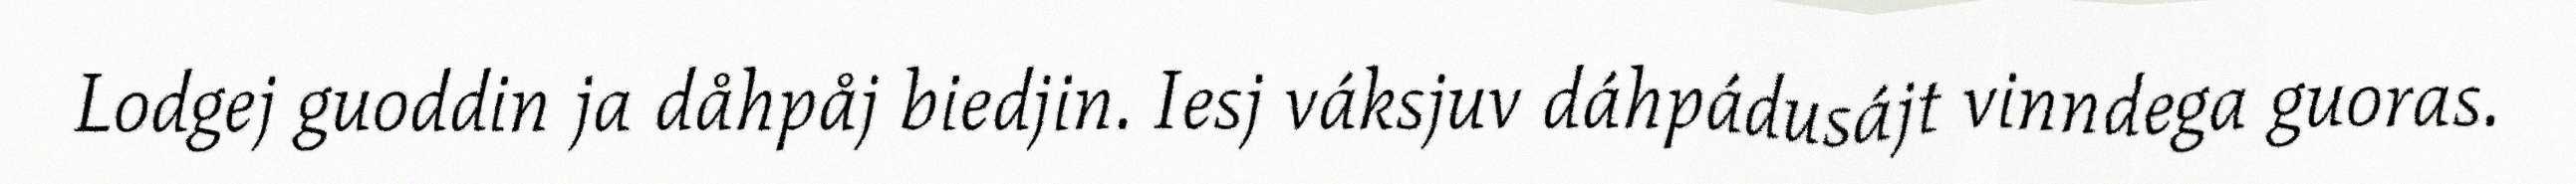
Lodgej guoddin ja dåhpåj biedjin. Iesj váksjuv dáhpádusájt vinndega guoras.